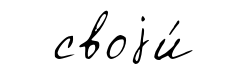
своjи́